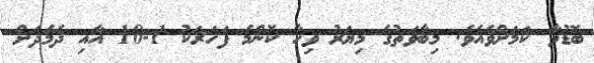
ބޮޑުވާ ކަމަށްވެއެވެ. މިބާވަތުގެ މިޔަރު ވިހާ ކޮންމެ ފަހަރަކު 1-10 އާއި ދެމެދަށް